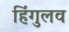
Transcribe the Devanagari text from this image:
हिंगुलव